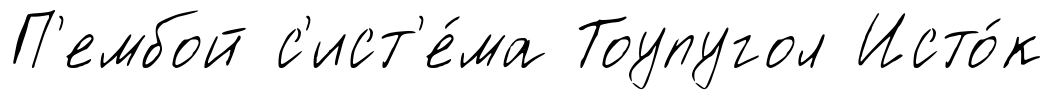
П'ембой с'ист'е́ма Тоупугол Исто́к